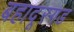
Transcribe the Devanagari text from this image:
बहादूरगड